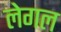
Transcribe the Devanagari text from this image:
लेगल